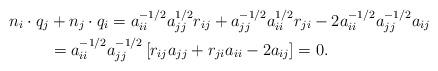
LaTeX: \begin{align*}n_i\cdot q_j &+ n_j\cdot q_i = a_{ii}^{-1/2}a_{jj}^{1/2}r_{ij} + a_{jj}^{-1/2}a_{ii}^{1/2}r_{ji} - 2a_{ii}^{-1/2}a_{jj}^{-1/2}a_{ij} \\ &= a_{ii}^{-1/2}a_{jj}^{-1/2}\left[r_{ij}a_{jj} + r_{ji}a_{ii} - 2a_{ij}\right] = 0.\end{align*}